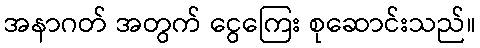
အနာဂတ် အတွက် ငွေကြေး စုဆောင်းသည်။